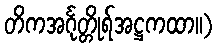
တိကအင်္ဂုတ္တိုရ်အဋ္ဌကထာ။)